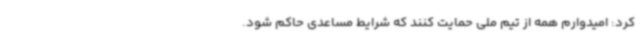
کرد: امیدوارم همه از تیم ملی حمایت کنند که شرایط مساعدی حاکم شود.